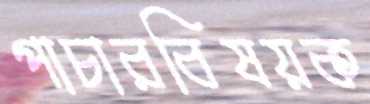
পাচারবিষয়ক